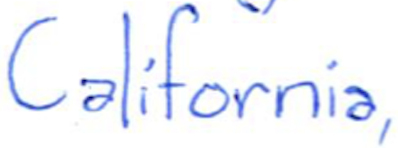
Text: California,
Cross-out: clean
Writing tool: ballpoint